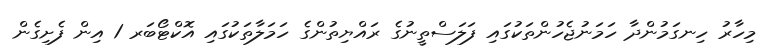
މިހާރު ހިނގަމުންދާ ހަމަނުޖެހުންތަކުގައި ފަލަސްތީނުގެ ރައްޔިތުންގެ ހަމަލާތަކުގައި އޮކްޓޯބަރ 1 އިން ފެށިގެން